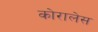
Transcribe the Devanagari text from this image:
कोरालेस